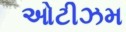
ઓટીઝમ